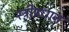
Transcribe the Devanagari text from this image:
स्त्रीप्रधान